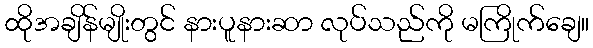
ထိုအချိန်မျိုးတွင် နားပူနားဆာ လုပ်သည်ကို မကြိုက်ချေ။